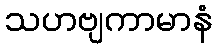
သဟဗျကာမာနံ